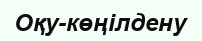
Оқу-көңілдену